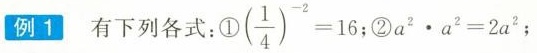
例1 有下列各式： ①$$( \frac { 1 } { 4 } ) ^ { - 2 } = 1 6$$ ; ② $$a ^ { 2 } \cdot